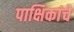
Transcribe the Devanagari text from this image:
पाक्षिकांचे